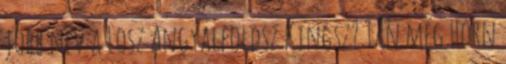
jobb név a Losz Angyalföldsz Kingsz? Tán még Horn